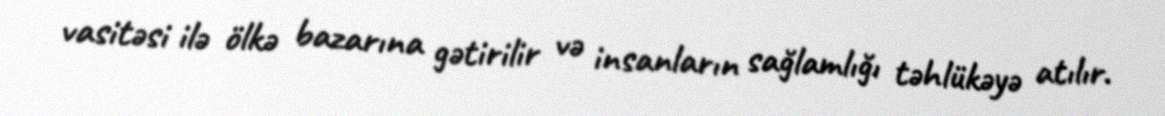
vasitəsi ilə ölkə bazarına gətirilir və insanların sağlamlığı təhlükəyə atılır.